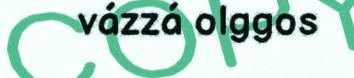
vázzá olggos